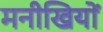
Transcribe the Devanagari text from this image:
मनीखियों